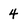
Character: 4